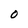
Character: O